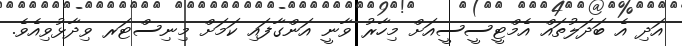
އަދި އެ ބަދަލުތައް އެމްޓީސީސީއަށް މިހާރު ވާނީ އަންގާފައި ކަމަށް މިނިސްޓަރ ވިދާޅުވިއެވެ.